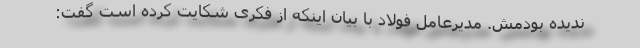
ندیده بودمش. مدیرعامل فولاد با بیان اینکه از فکری شکایت کرده است گفت: